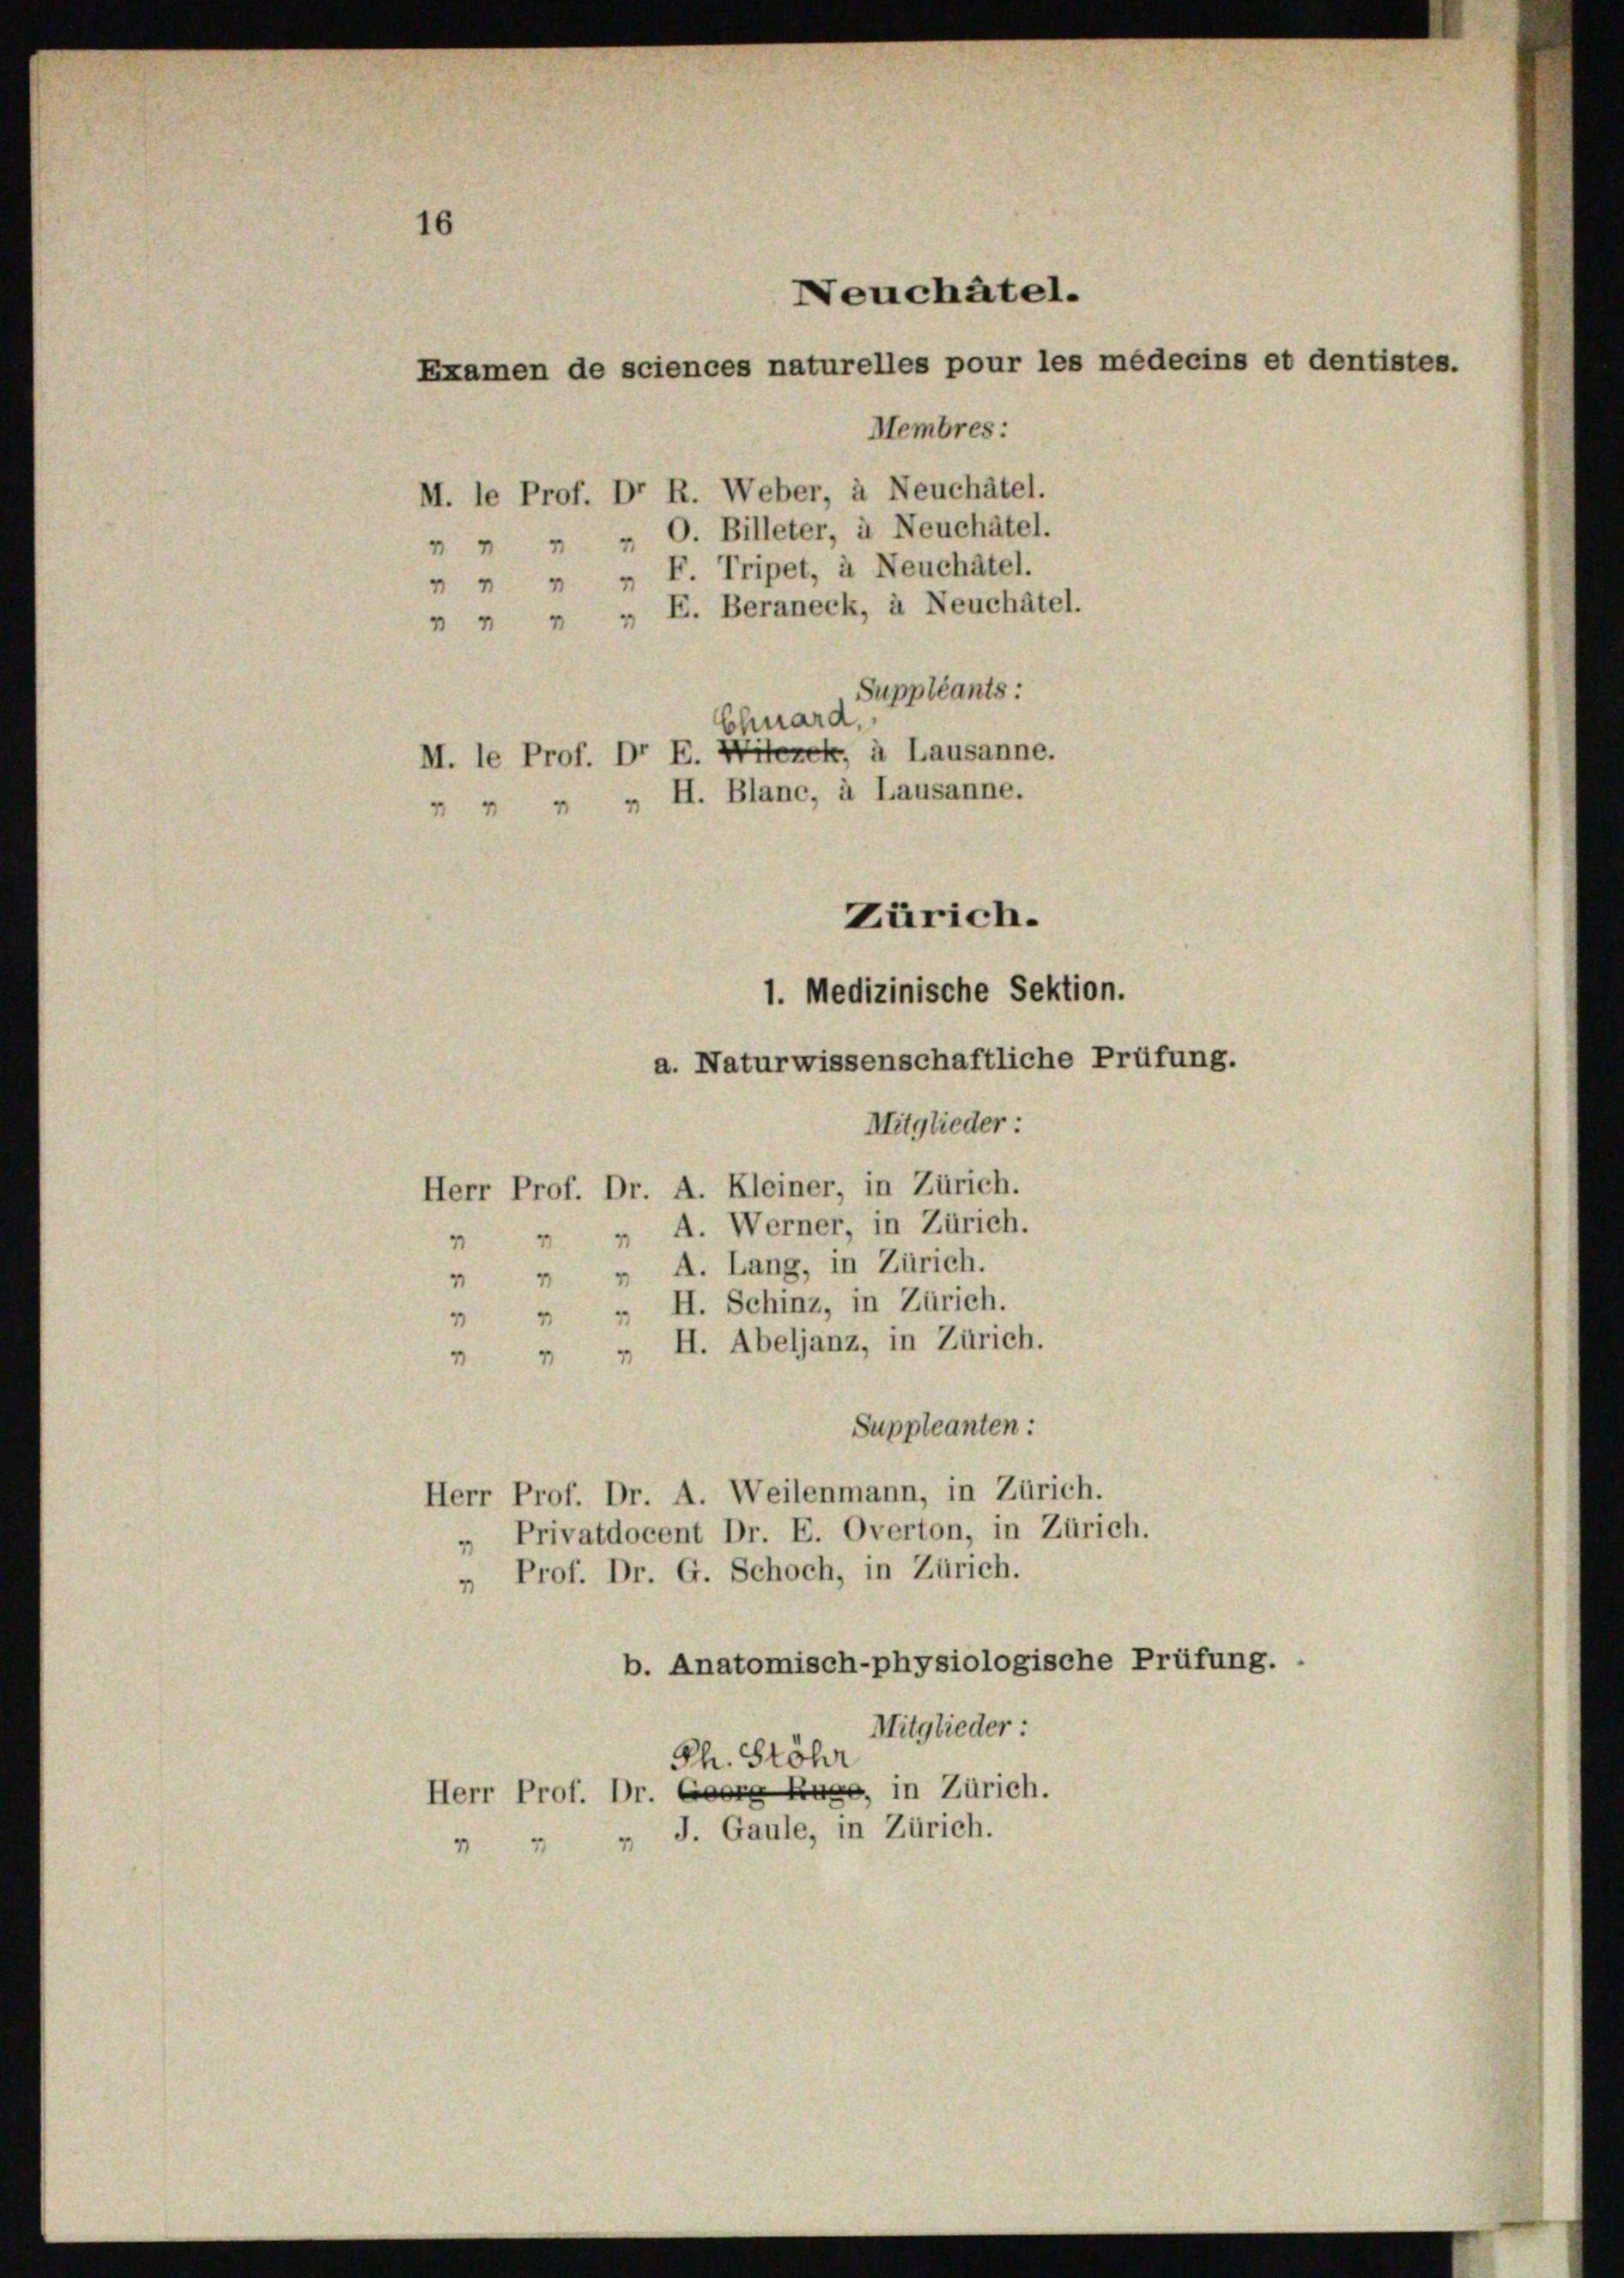
16
Neuchâtel.
Examen de sciences naturelles pour les médecins et dentistes.
Membres:

M. le Prof. Dr R. Weber, à Neuchâtel.
 " " " O. Billeter, à Neuchâtel.
 " " " F. Tripet, à Neuchâtel.
n " " " E. Beraneck, à Neuchâtel.
Suppléants:
Chuard,
M. le Prof. Dr E. Miteret, à Lausanne.
 " H. Blanc, à Lausanne.

Zürich.
1. Medizinische Sektion.
a. Naturwissenschaftliche Prüfung.
Mitglieder:

Herr Prof. Dr. A. Kleiner, in Zürich.
 " " A. Werner, in Zürich.
 " " A. Lang, in Zürich.
7 " " H. Schinz, in Zürich.
" " H. Abeljanz, in Zürich.
Suppleanten:
Herr Prof. Dr. A. Weilenmann, in Zürich.
Privatdocent Dr. E. Overton, in Zürich.
" Prof. Dr. G. Schoch, in Zürich.
b. Anatomisch-physiologische Prüfung.
Mitglieder:
Ph. Stöhr
Herr Prof. Dr. Georg Rage, in Zürich.
" J. Gaule, in Zürich.